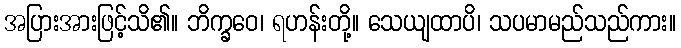
အပြားအားဖြင့်သိ၏။ ဘိက္ခဝေ၊ ရဟန်းတို့။ သေယျထာပိ၊ သပမာမည်သည်ကား။